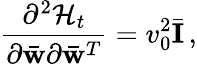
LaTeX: \frac{\partial^{2}{\cal H}_{t}}{\partial\bar{\mathbf w}\partial\bar{\mathbf w}^{T}}=v_{0}^{2}\bar{\mathbf I}\, ,